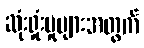
ဆုံးရှုံးမှုများအတွက်